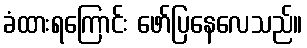
ခံထားရကြောင်း ဖော်ပြနေလေသည်။